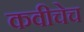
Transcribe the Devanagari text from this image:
कवीचेच